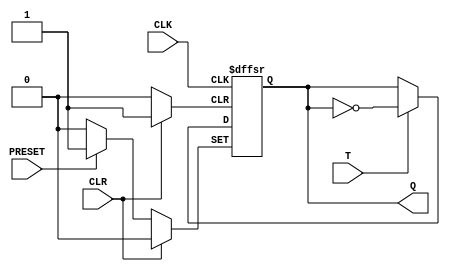
module TF(Q, T , CLK, CLR, PRESET);
input T, CLK, CLR, PRESET ;
output reg Q ;

always @(negedge CLK or posedge CLR or posedge PRESET)
begin 
    if (CLR)
    begin 
        Q <= 0 ;
    end
    else if (PRESET)
    begin 
        Q <= 1 ;
    end
    else 
    begin 
        if (T)
        begin 
            Q <= ~Q ;
        end
        else Q <= Q ;
    end
end
endmodule